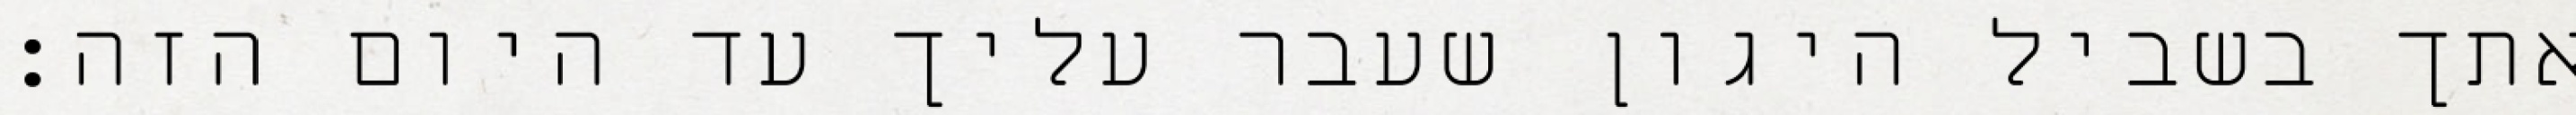
אתך בשביל היגון שעבר עליך עד היום הזה: